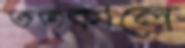
তত্কালে